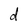
Character: d